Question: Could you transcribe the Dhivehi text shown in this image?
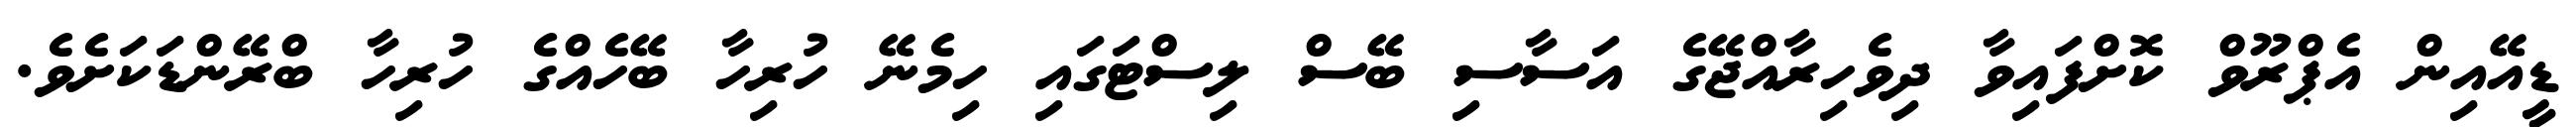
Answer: ޑީއޭއިން އެޕްރޫވް ކޮށްފައިވާ ދިވެހިރާއްޖޭގެ އަސާސި ބޭސް ލިސްޓަގައި ހިމެނޭ ހުރިހާ ބޭހެއްގެ ހުރިހާ ބްރޭންޑަކަށެވެ.